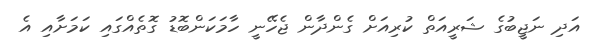
އަދި ނަޖީބުގެ ޝަރީއަތް ކުރިއަށް ގެންދާން ޖެހޭނީ ހާމަކަންބޮޑު ގޮތެއްގައި ކަމަށާއި އެ